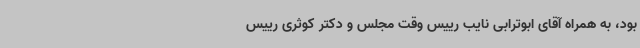
بود، به همراه آقای ابوترابی نایب رییس وقت مجلس و دکتر کوثری رییس